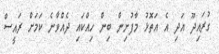
ގުރައިދޫ އަދި އެ އަތޮޅު މާފުށިން ބިން ހިއްކައި ދެއްވާނެ ކަމަށް ރައީސް